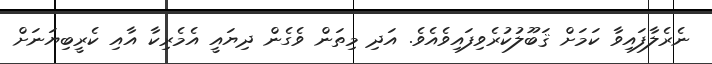
ނެރެލާފައިވާ ކަމަށް ޤަބޫލުކުރެވިފައިވެއެވެ. އަދި މިތަން ވެގެން ދިޔައީ އެމެރިކާ އާއި ކެރީބިޔަނަށް